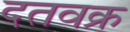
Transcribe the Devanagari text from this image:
दतवक्र